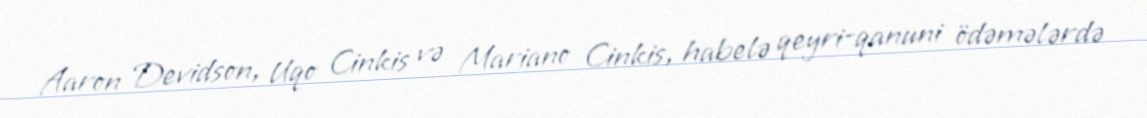
Aaron Devidson, Uqo Cinkis və Mariano Cinkis, habelə qeyri-qanuni ödəmələrdə